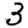
Digit: 3